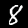
Label: 8